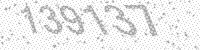
Solution: 139137